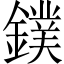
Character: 鏷